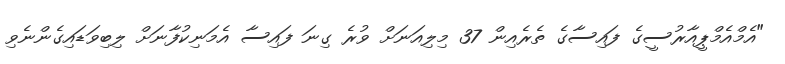
"އެމްއެމްޕީއާރުސީގެ ފައިސާގެ ތެރެއިން 37 މިލިއަނަށް ވުރެ ގިނަ ފައިސާ އެމަނިކުފާނަށް ލިބިވަޑައިގެންނެވި